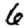
Digit: 6